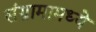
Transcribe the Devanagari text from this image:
संग्रामामध्‍ये